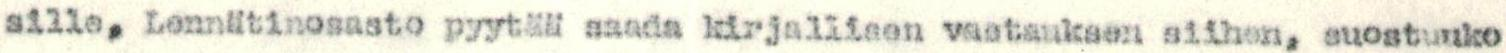
sille. Lennätinosasto pyytää saada kirjallisen vastauksen siihen, suostuuko